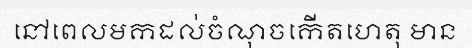
នៅពេលមកដល់ចំណុចកើតហេតុ មាន